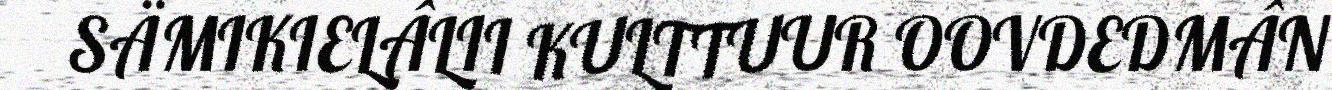
SÄMIKIELÂLII KULTTUUR OOVDEDMÂN